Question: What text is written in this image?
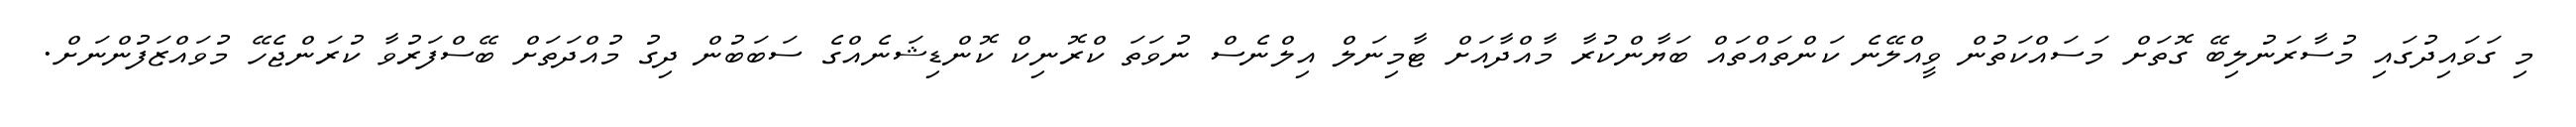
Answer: މި ގަވައިދުގައި މުސާރަނުލިބޭ ގޮތަށް މަސައްކަތުން ވީއްލޭނެ ކަންތައްތައް ބަޔާންކުރާ މާއްދާއަށް ޓާމިނަލް އިލްނެސް ނުވަތަ ކްރޮނިކް ކޮންޑިޝަނެއްގެ ސަބަބުން ދިގު މުއްދަތަށް ބޭސްފަރުވާ ކުރަންޖެހޭ މުވައްޒަފުންނަށް.